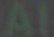
Al